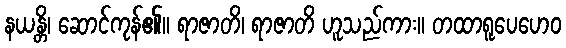
နယန္တိ၊ ဆောင်ကုန်၏။ ရာဇာတိ၊ ရာဇာတိ ဟူသည်ကား။ တထာရူပေဟေဝ